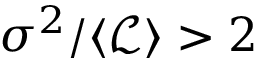
\sigma ^ { 2 } / \langle \mathcal { L } \rangle > 2